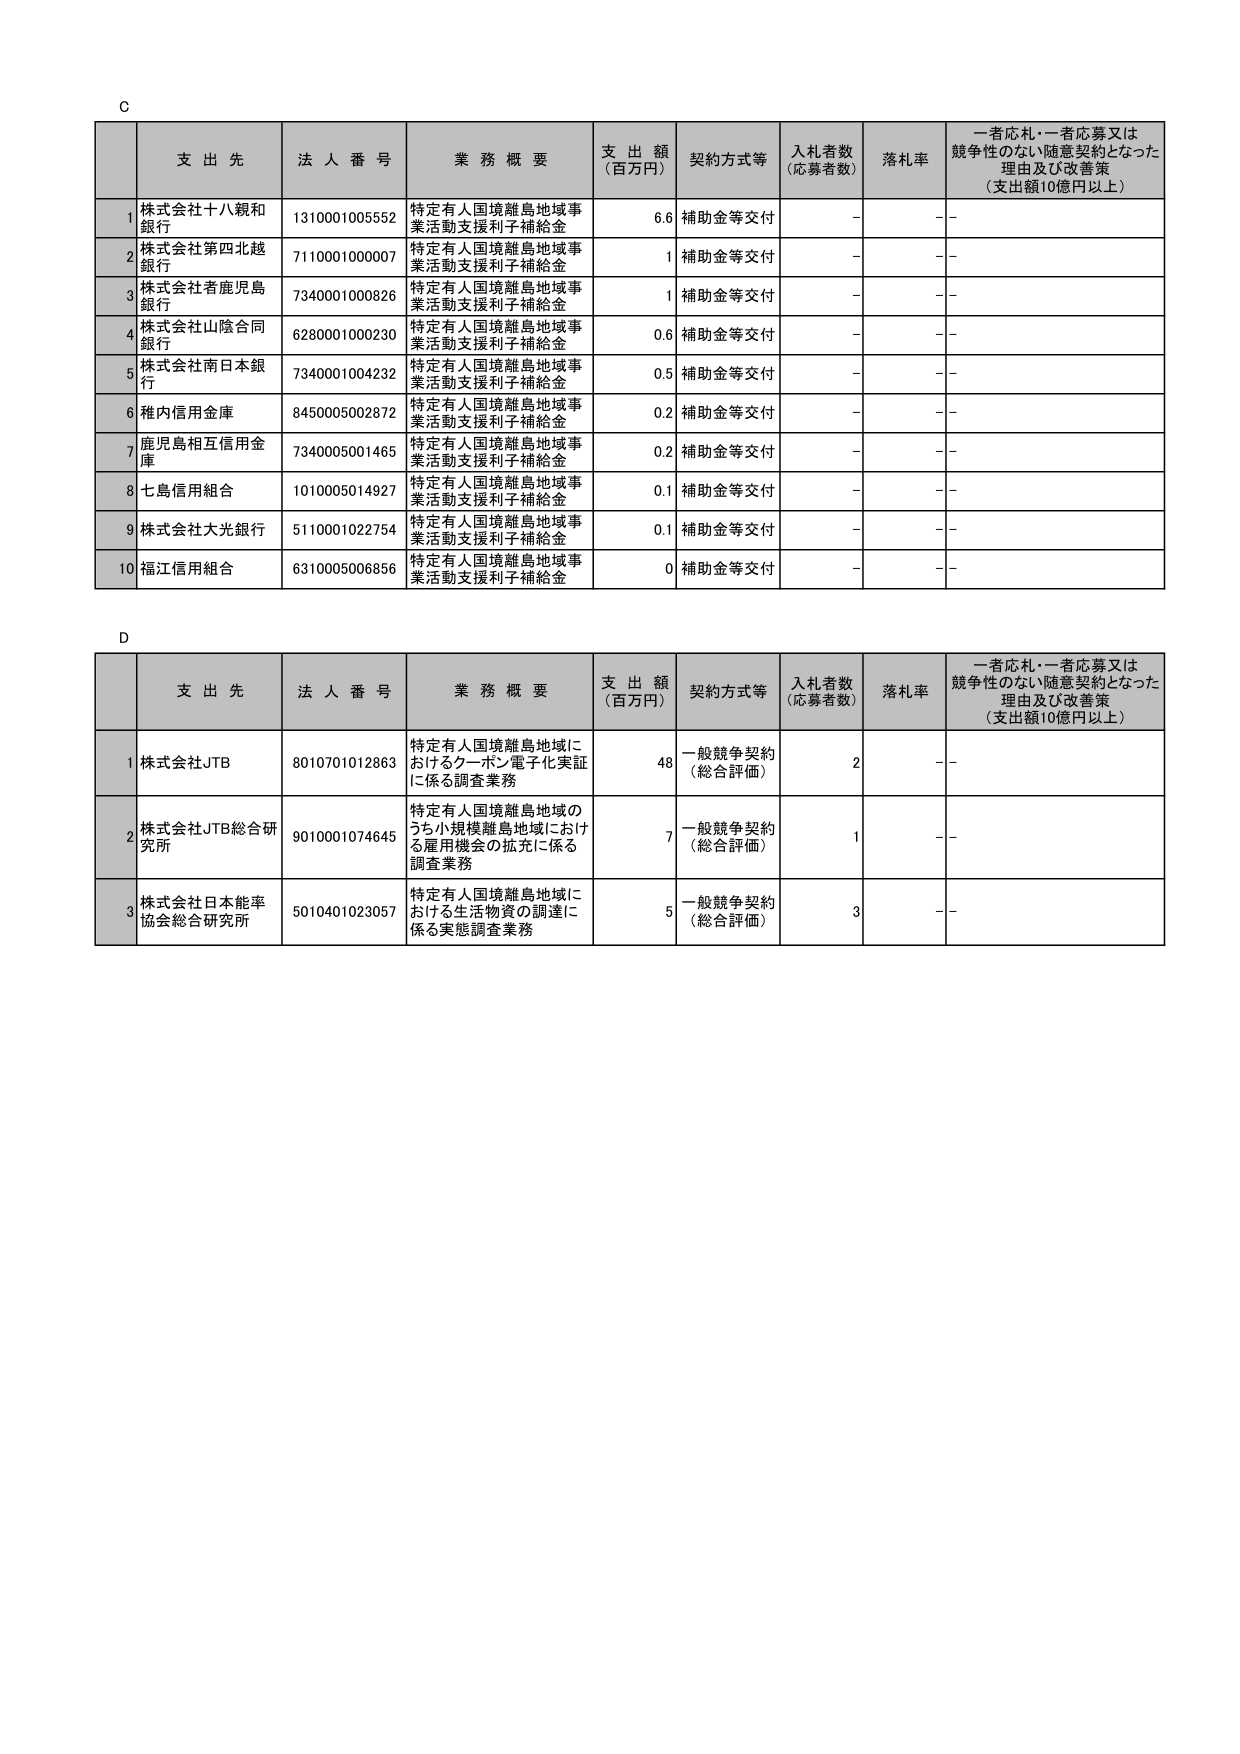
C

支 出 先 法 人 番 号 業 務 概 要 支 出 額 （百万円） 契約方式等 入札者数 （応募者数） 落札率 一者応札・一者応募又は 競争性のない随意契約となった 理由及び改善策 （支出額10億円以上）

1 株式会社十八親和銀行 1310001005552 特定有人国境離島地域事業活動支援利子補給金 6.6 補助金等交付 - - -

2 株式会社第四北越銀行 7110001000007 特定有人国境離島地域事業活動支援利子補給金 1 補助金等交付 - - -

3 株式会社者鹿児島銀行 7340001000826 特定有人国境離島地域事業活動支援利子補給金 1 補助金等交付 - - -

4 株式会社山陰合同銀行 6280001000230 特定有人国境離島地域事業活動支援利子補給金 0.6 補助金等交付 - - -

5 株式会社南日本銀行 7340001004232 特定有人国境離島地域事業活動支援利子補給金 0.5 補助金等交付 - - -

6 稚内信用金庫 8450005002872 特定有人国境離島地域事業活動支援利子補給金 0.2 補助金等交付 - - -

7 鹿児島相互信用金庫 7340005001465 特定有人国境離島地域事業活動支援利子補給金 0.2 補助金等交付 - - -

8 七島信用組合 1010005014927 特定有人国境離島地域事業活動支援利子補給金 0.1 補助金等交付 - - -

9 株式会社大光銀行 5110001022754 特定有人国境離島地域事業活動支援利子補給金 0.1 補助金等交付 - - -

10 福江信用組合 6310005006856 特定有人国境離島地域事業活動支援利子補給金 0 補助金等交付 - - -

D

支 出 先 法 人 番 号 業 務 概 要 支 出 額 （百万円） 契約方式等 入札者数 （応募者数） 落札率 一者応札・一者応募又は 競争性のない随意契約となった 理由及び改善策 （支出額10億円以上）

1 株式会社JTB 8010701012863 特定有人国境離島地域におけるクーポン電子化実証に係る調査業務 48 一般競争契約 （総合評価） 2 - -

2 株式会社JTB総合研究所 9010001074645 特定有人国境離島地域のうち小規模離島地域における雇用機会の拡充に係る調査業務 7 一般競争契約 （総合評価） 1 - -

3 株式会社日本能率協会総合研究所 5010401023057 特定有人国境離島地域における生活物資の調達に係る実態調査業務 5 一般競争契約 （総合評価） 3 - -